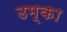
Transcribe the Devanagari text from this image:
उम्का